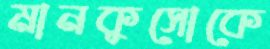
মানকুসোকে